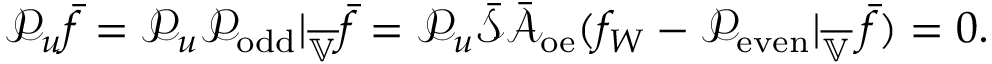
\mathcal { P } _ { u } \bar { f } = \mathcal { P } _ { u } \mathcal { P } _ { \mathrm { o d d } } | _ { \overline { { \mathbb { V } } } } \bar { f } = \mathcal { P } _ { u } \bar { \mathcal { S } } \bar { \mathcal { A } } _ { \mathrm { o e } } ( f _ { W } - \mathcal { P } _ { \mathrm { e v e n } } | _ { \overline { { \mathbb { V } } } } \, \bar { f } ) = 0 .